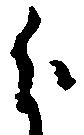
分